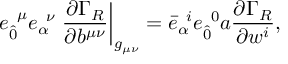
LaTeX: e _ { \hat { 0 } } ^ { \; \; \mu } e _ { \alpha } ^ { \; \; \nu } \left. \frac { \partial \Gamma _ { R } } { \partial b ^ { \mu \nu } } \right| _ { g _ { \mu \nu } } = { \bar { e } } _ { \alpha } ^ { \; \; i } { e } _ { \hat { 0 } } ^ { \; \; 0 } a \frac { \partial \Gamma _ { R } } { \partial w ^ { i } } ,